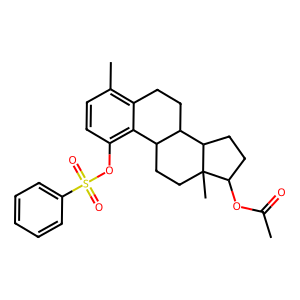
SMILES: CC(=O)OC1CCC2C3CCc4c(C)ccc(OS(=O)(=O)c5ccccc5)c4C3CCC12C
Inhibits HIV replication: No